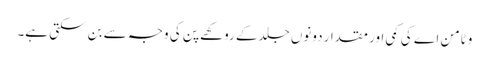
وٹامن اے کی کمی اور مقدار دونوں جلدکے روکھے پن کی وجہ سے بن سکتی ہے۔